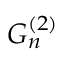
G _ { n } ^ { ( 2 ) }